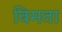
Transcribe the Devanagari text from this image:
विमता